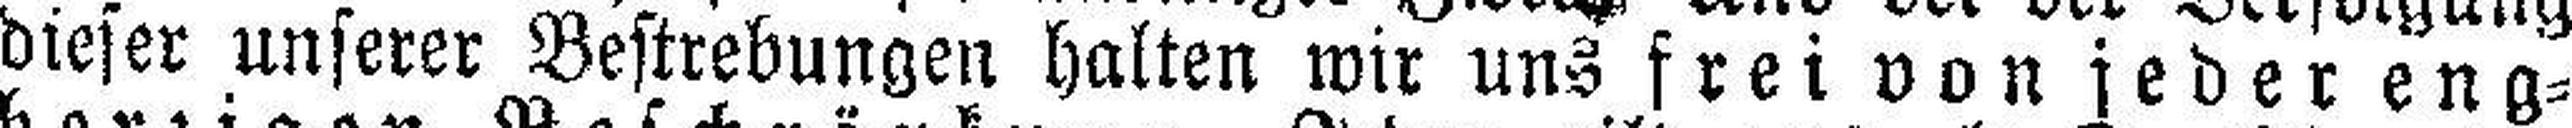
dieser unserer Bestrebungen halten wir uns frei von jeder eng¬